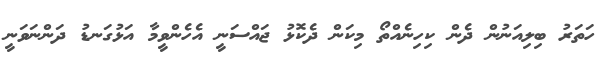
ހަތަރު ބިލިއަނުން ދެން ކިހިނެއްތޯ މިކަން ދެކޮޅު ޖައްސަނީ އެހެންވީމާ އަޅުގަނޑު ދަންނަވަނީ